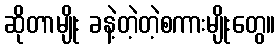
ဆိုတာမျိုး ခနဲ့တဲ့တဲ့စကားမျိုးတွေ။